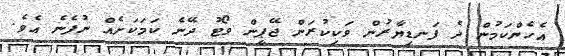
އެހެންކަމުން ދެ ފަނޑިޔާރުން ވަކިކުރަން ޖޭޕީން ވޯޓު ދޭނެ ކަމަކަށެއް ނުފެނެ އެވެ.